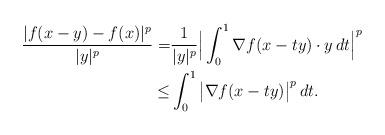
LaTeX: \begin{align*}\frac{|f(x-y) -f(x)|^p}{|y|^p} =& \frac{1}{|y|^p} \Big|\int_{0}^1 \nabla f(x -ty) \cdot y \, dt\Big|^p \\\leq& \int_{0}^1 \big| \nabla f(x -ty)\big|^p \, dt.\end{align*}